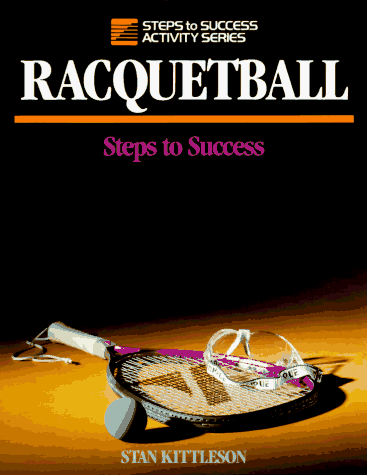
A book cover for Racquetball: Steps to Success (Steps to Success Activity Series); Stan Kittleson; Sports & Outdoors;